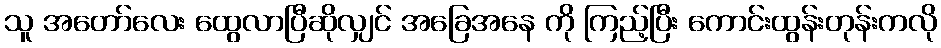
သူ အတော်လေး ထွေလာပြီဆိုလျှင် အခြေအနေ ကို ကြည့်ပြီး ကောင်းထွန်းတုန်းကလို